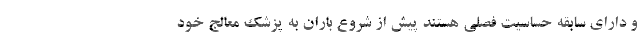
و دارای سابقه حساسیت فصلی هستند پیش از شروع باران به پزشک معالج خود